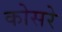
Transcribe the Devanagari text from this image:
कोसरे